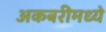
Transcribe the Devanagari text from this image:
अकबरीमध्ये